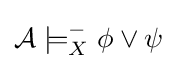
{\mathcal {A}}\models _{X}^{-}\phi \vee \psi